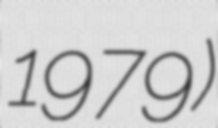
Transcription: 1979)